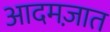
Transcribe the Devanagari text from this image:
आदमज़ात